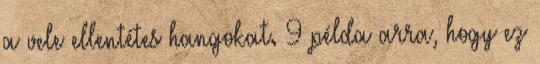
a vele ellentétes hangokat. 9 példa arra, hogy ez